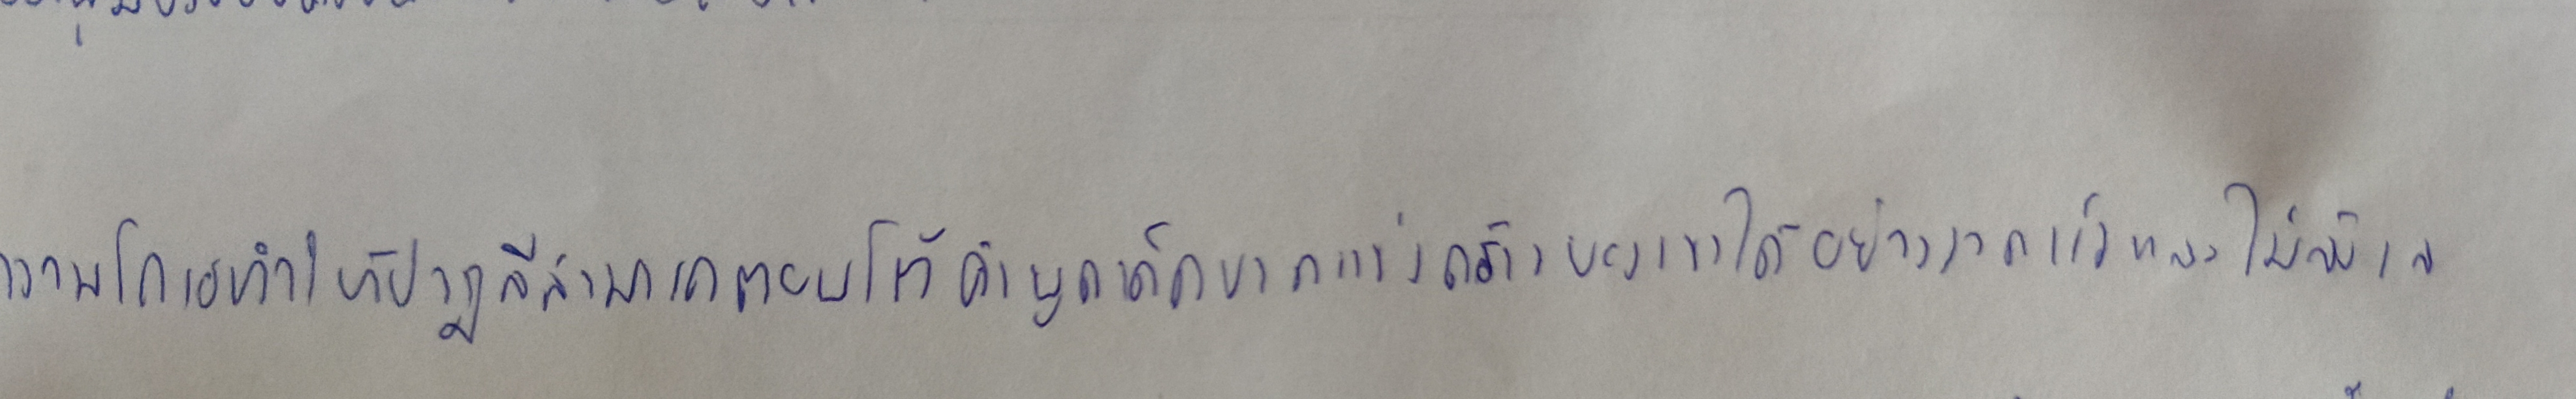
ความโกรธทำให้ปาฏลีสามารถตอบโต้คำพูดเด็ดขาดแข็งกร้าวของเขาได้อย่างรวดเร็วและไม่ลังเล